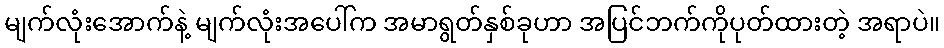
မျက်လုံးအောက်နဲ့ မျက်လုံးအပေါ်က အမာရွတ်နှစ်ခုဟာ အပြင်ဘက်ကိုပုတ်ထားတဲ့ အရာပဲ။